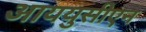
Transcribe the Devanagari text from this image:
आययुसीएन